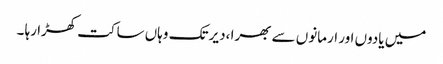
میں یادوں اور ارمانوں سے بھرا ،دیر تک وہاں ساکت کھڑا رہا ۔